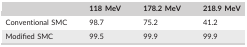
<table><thead><tr><td></td><td><b>118 MeV</b></td><td><b>178.2 MeV</b></td><td><b>218.9 MeV</b></td></tr></thead><tbody><tr><td>Conventional SMC</td><td>98.7</td><td>75.2</td><td>41.2</td></tr><tr><td>Modified SMC</td><td>99.5</td><td>99.9</td><td>99.9</td></tr></tbody></table>